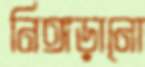
নিঙ্গড়ানো